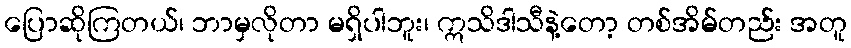
ပြောဆိုကြတယ်၊ ဘာမှလိုတာ မရှိပါဘူး၊ ဣသိဒါသီနဲ့တော့ တစ်အိမ်တည်း အတူ